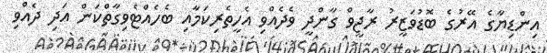
އިންޑިޔާގެ އޭރުގެ ބޮޑުވަޒީރު ރާޖީވް ގާންދީ ވެދެއްވި އެހީތެރިކަމާއި ބެހެއްޓެވިގާތްކަން އަދި ދެއްވި